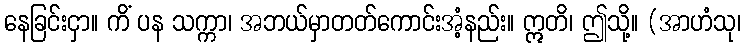
နေခြင်းငှာ။ ကိံ ပန သက္ကာ၊ အဘယ်မှာတတ်ကောင်းအံ့နည်း။ ဣတိ၊ ဤသို့။ (အာဟံသု၊